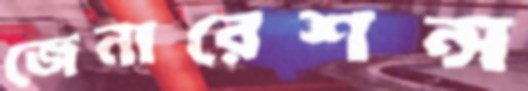
জেনারেশন্স